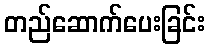
တည်ဆောက်ပေးခြင်း